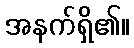
အနက်ရှိ၏။